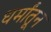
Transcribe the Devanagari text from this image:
धर्मांतून